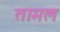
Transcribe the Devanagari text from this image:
तामल